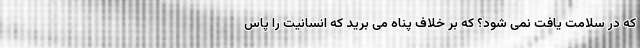
که در سلامت یافت نمی شود؟ که بر خلاف پناه می برید که انسانیت را پاس